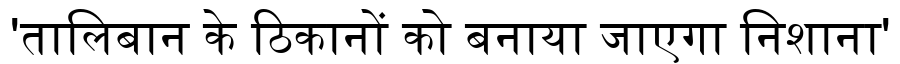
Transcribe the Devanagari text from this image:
'तालिबान के ठिकानों को बनाया जाएगा निशाना'